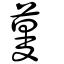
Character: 蔓